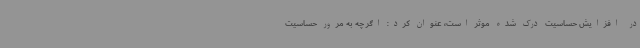
در افزایش حساسیت درک شده موثر است، عنوان کرد: اگر چه به مرور حساسیت